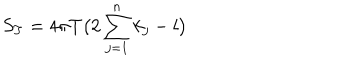
S _ { T } = 4 \pi T \bigl ( 2 \sum _ { j = 1 } ^ { n } k _ { j } - l \bigr )